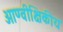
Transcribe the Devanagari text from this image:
आण्वीक्षिकीय